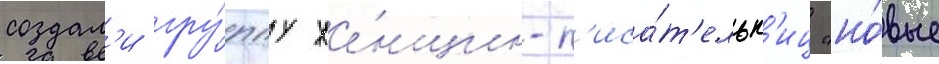
создал'и гру́ппу же́нщин-п'иса́т'ельн'иц "но́вые